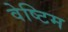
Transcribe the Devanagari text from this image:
वेष्टिम